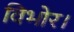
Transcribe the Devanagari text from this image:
विभोर।